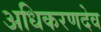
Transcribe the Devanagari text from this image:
अधिकरणदेव